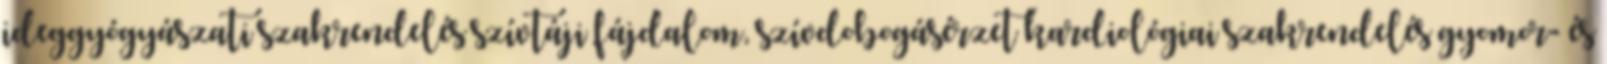
ideggyógyászati szakrendelés szívtáji fájdalom, szívdobogásérzet kardiológiai szakrendelés gyomor- és